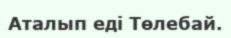
Аталып еді Төлебай.